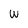
Character: W